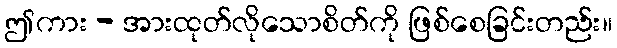
ဤကား - အားထုတ်လိုသောစိတ်ကို ဖြစ်စေခြင်းတည်း။